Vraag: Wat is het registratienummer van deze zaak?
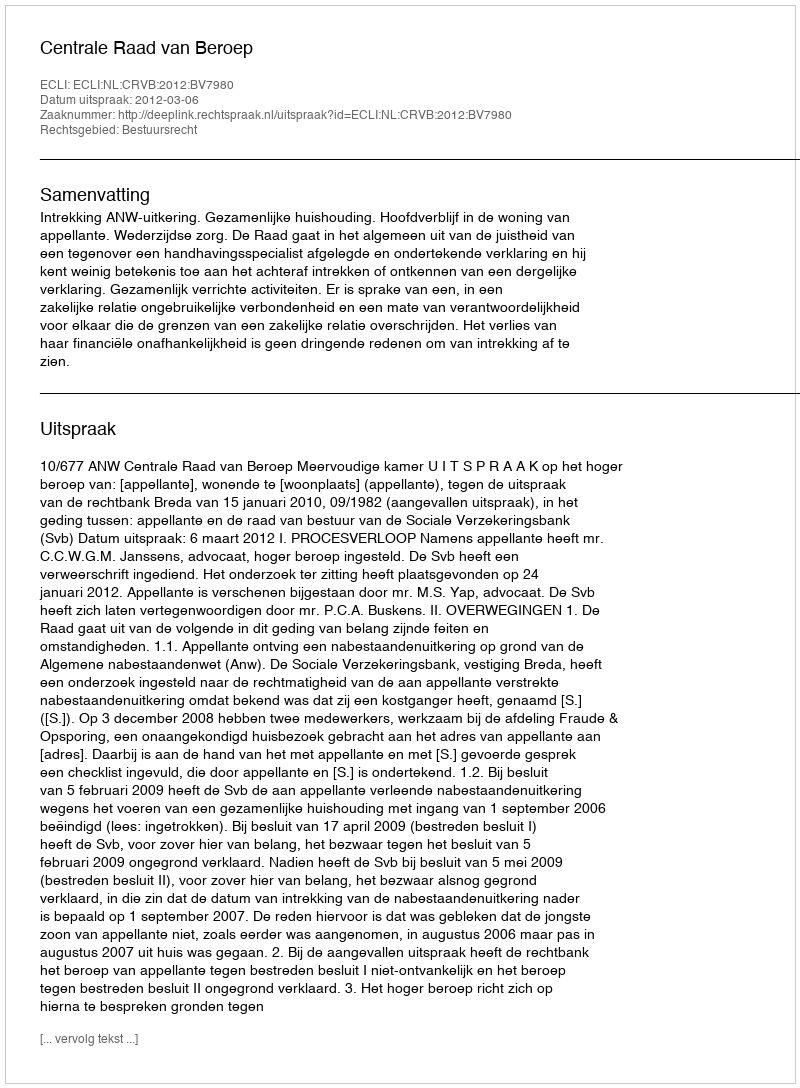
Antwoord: http://deeplink.rechtspraak.nl/uitspraak?id=ECLI:NL:CRVB:2012:BV7980